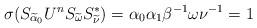
LaTeX: \begin{align*}\sigma(S_{\widetilde\alpha_0}U^nS_{\widetilde\omega} S_{\widetilde\nu}^*) = \alpha_0\alpha_1\beta^{-1}\omega\nu^{-1} = 1\end{align*}